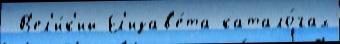
 В'ел'и́к'ий Ел'изав'е́та катало́гах